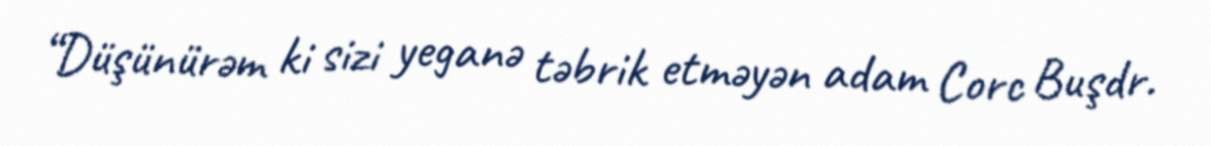
“Düşünürəm ki sizi yeganə təbrik etməyən adam Corc Buşdr.